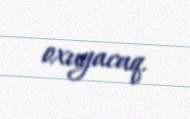
oxuyacaq.